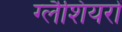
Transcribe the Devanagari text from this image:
ग्लैशियरों